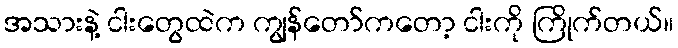
အသားနဲ့ ငါးတွေထဲက ကျွန်တော်ကတော့ ငါးကို ကြိုက်တယ်။